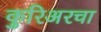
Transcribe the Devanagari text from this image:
कुरिअरचा